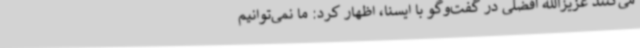
می‌کنند عزیزالله افضلی در گفت‌وگو با ایسنا، اظهار کرد: ما نمی‌توانیم